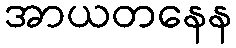
အာယတနေန